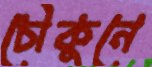
চৌকুনে